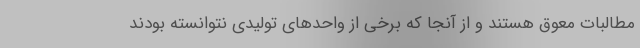
مطالبات معوق هستند و از آنجا که برخی از واحدهای تولیدی نتوانسته بودند